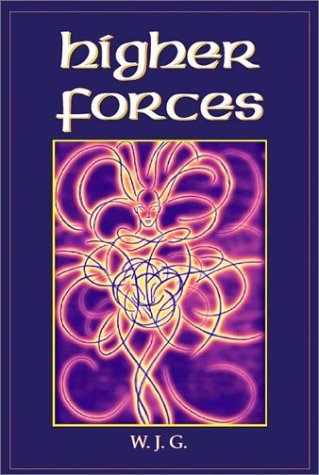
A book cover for Higher Forces; William Griffith; Literature & Fiction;